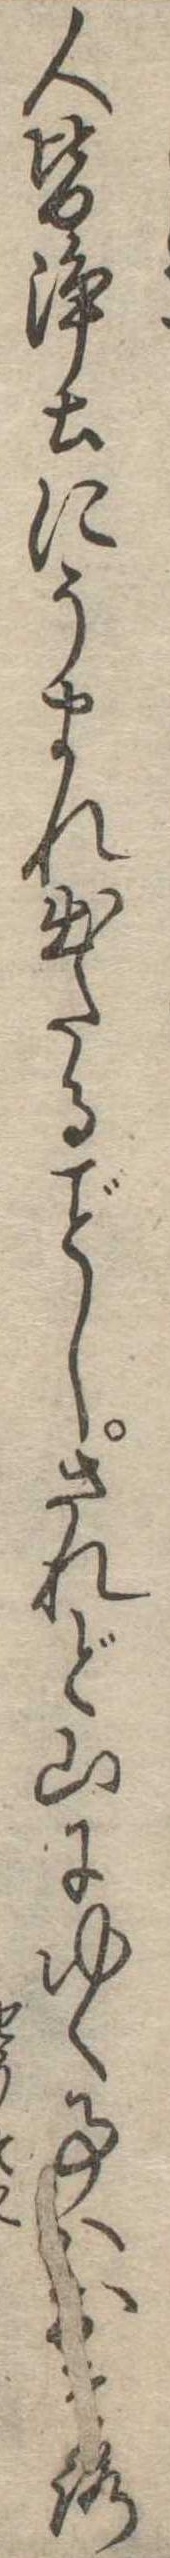
人皆浄土にうまれ出たるしされど山にゆく事はおそろ